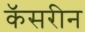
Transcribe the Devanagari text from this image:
कॅसरीन